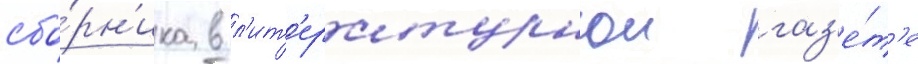
сбо́рн'ика в л'ит'ературнои газ'е́т'е